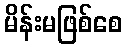
မိန်းမဖြစ်စေ